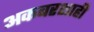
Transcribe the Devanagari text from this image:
अकबरशाही